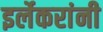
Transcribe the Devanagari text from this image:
इर्लेकरांनी